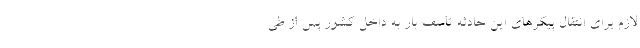
لازم برای انتقال پیکرهای این حادثه تاسف بار به داخل کشور پس از طی